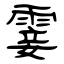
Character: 霎